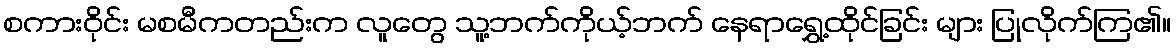
စကားဝိုင်း မစမီကတည်းက လူတွေ သူ့ဘက်ကိုယ့်ဘက် နေရာရွှေ့ထိုင်ခြင်း များ ပြုလိုက်ကြ၏။